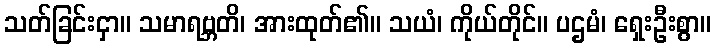
သတ်ခြင်းငှာ။ သမာရဗ္ဘတိ၊ အားထုတ်၏။ သယံ၊ ကိုယ်တိုင်။ ပဌမံ၊ ရှေးဦးစွာ။